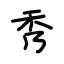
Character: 秀